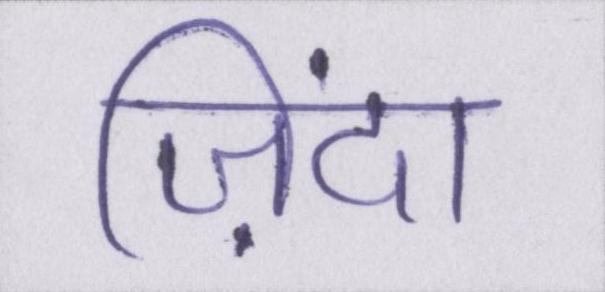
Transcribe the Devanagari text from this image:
ज़िंदा